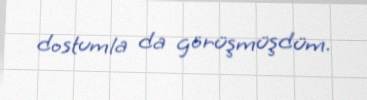
dostumla da görüşmüşdüm.